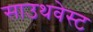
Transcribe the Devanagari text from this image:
साउथवेस्‍ट